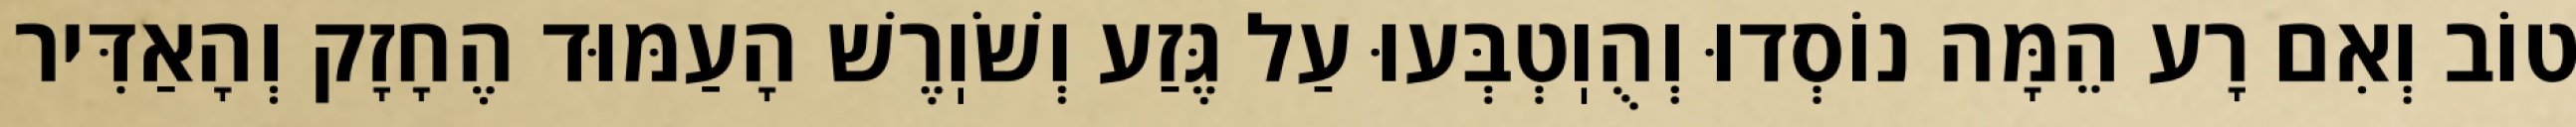
טוֹב וְאִם רָע הֵמָּה נוֹסְדוּ וְהֻוֽטְבְּעוּ עַל גֶּזַע וְשֹׁוֽרֶשׁ הָעַמּוּד הֶחָזָק וְהָאַדִּיר